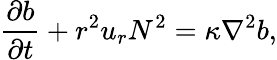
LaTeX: \frac{\partial b}{\partial t}+r^{2}u_{r}N^{2}=\kappa\nabla^{2}b,